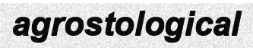
agrostological